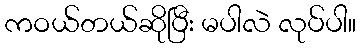
ကဝယ်တယ်ဆိုပြီး မပါလဲ လုပ်ပါ။